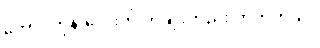
တောင်ကုန်းလေးကို တချိုးတည်း တက်တယ်။